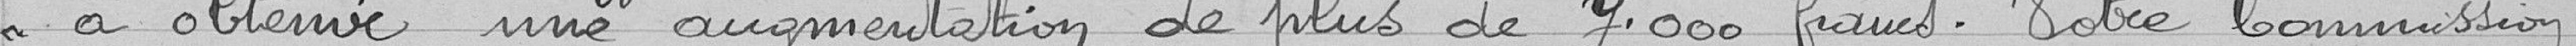
à obtenir une augmentation de plus de 7.000 francs. Votre commission